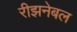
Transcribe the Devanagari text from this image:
रीझनेबल